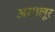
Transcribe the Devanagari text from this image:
अरगलूर